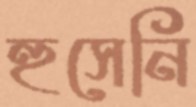
হুসেনি